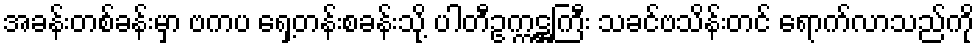
အခန်းတစ်ခန်းမှာ ဗကပ ရှေ့တန်းစခန်းသို့ ပါတီဥက္ကဋ္ဌကြီး သခင်ဗသိန်းတင် ရောက်လာသည်ကို